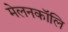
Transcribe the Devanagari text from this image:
मेलनकॉलि